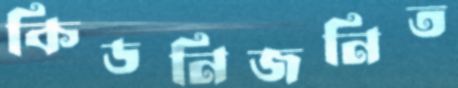
কিডনিজনিত